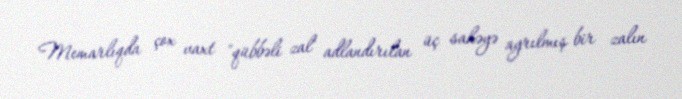
Memarlıqda çox vaxt "qübbəli zal" adlandırılan üç sahəyə ayrılmış bir zalın